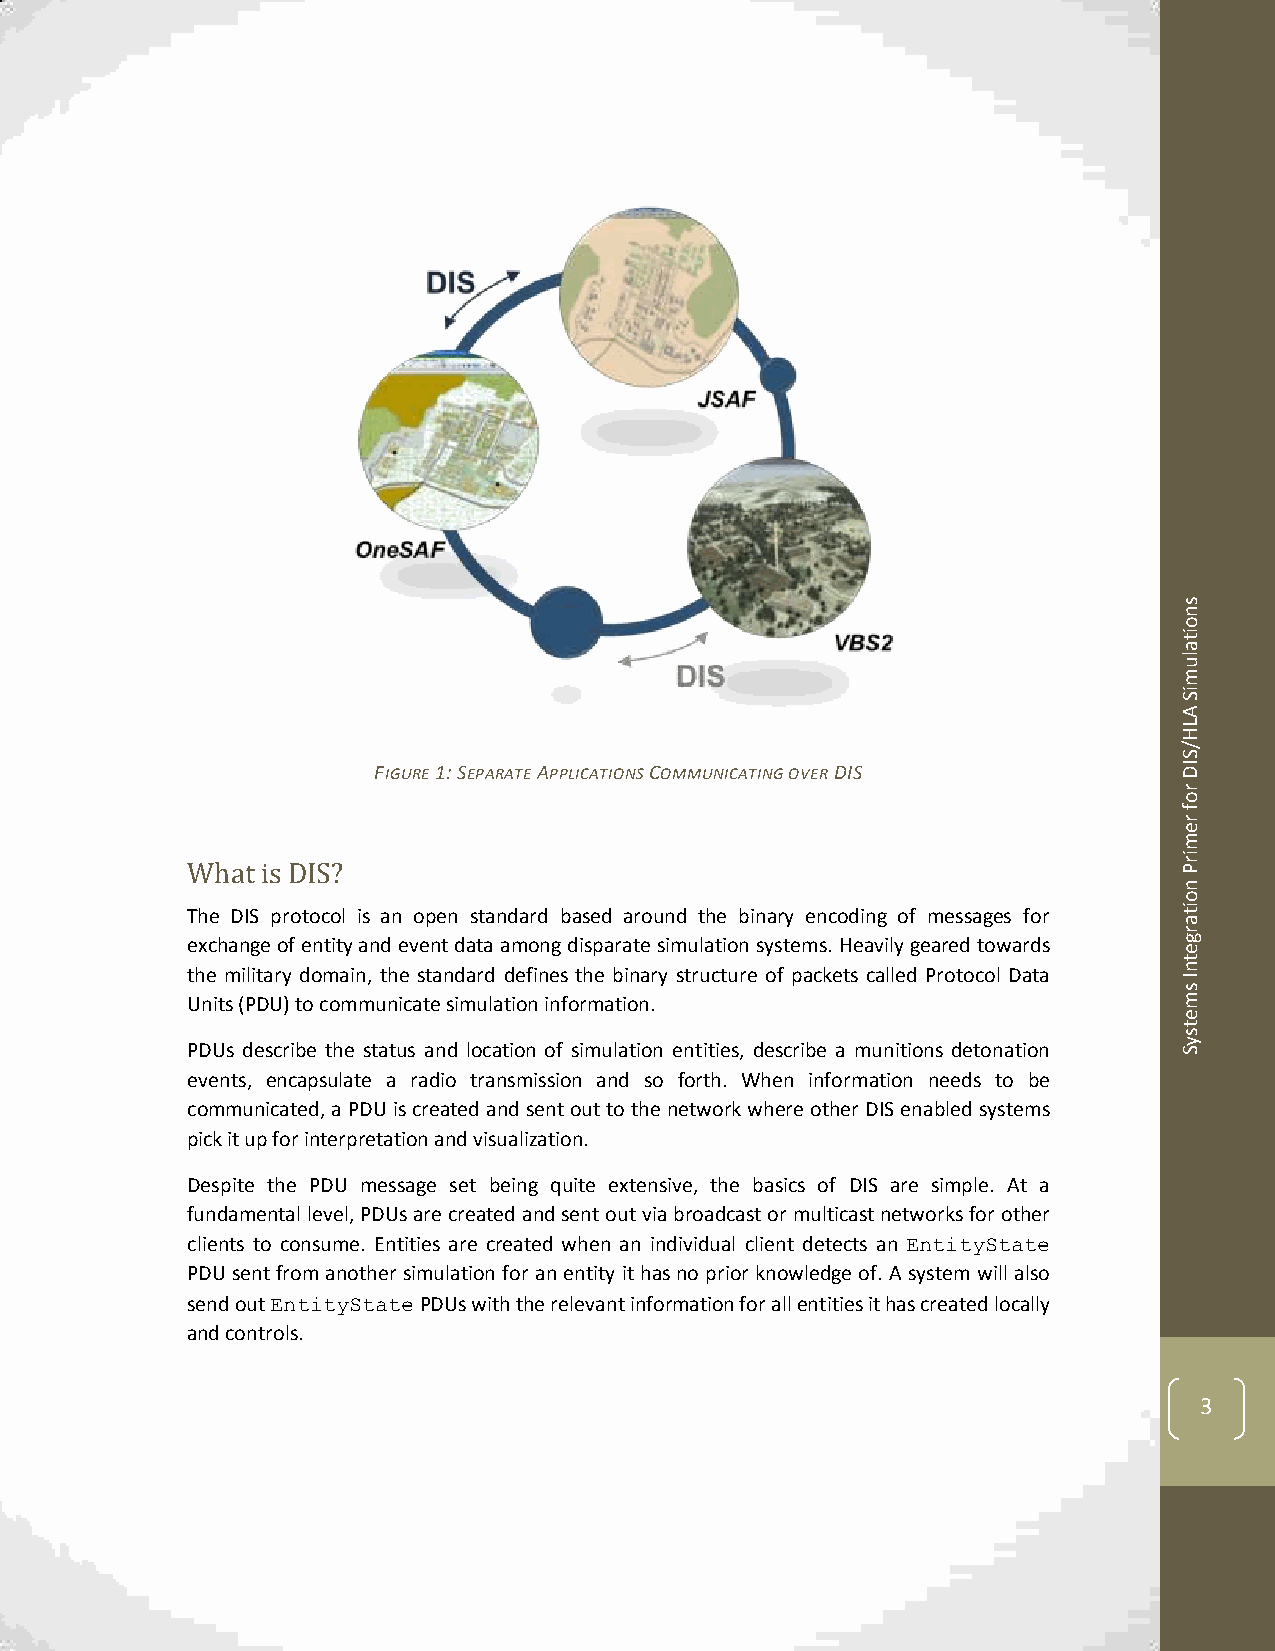
s
 n
 o
 it
 a
 lu
 m
 iS
 A
 L
 H
 /
 S
 FIGURE 1: SEPARATE APPLICATIONS COMMUNICATING OVER DIS ID
 r
 o
 f
 r
 e
 m
 What is DIS?
 ir
 P
 n
 o
 The DIS protocol is an open standard based around the binary encoding of messages for it
 a
 r
 exchange of entity and event data among disparate simulation systems. Heavily geared towards g e
 t
 the military domain, the standard defines the binary structure of packets called Protocol Data n
 I
 s
 Units (PDU) to communicate simulation information.                m
 e
 t
 s
 PDUs describe the status and location of simulation entities, describe a munitions detonation y S
 events, encapsulate a radio transmission and so forth. When information needs to be
 communicated, a PDU is created and sent out to the network where other DIS enabled systems
 pick it up for interpretation and visualization.
 Despite the PDU message set being quite extensive, the basics of DIS are simple. At a
 fundamental level, PDUs are created and sent out via broadcast or multicast networks for other
 clients to consume. Entities are created when an individual client detects an EntityState
 PDU sent from another simulation for an entity it has no prior knowledge of. A system will also
 send out EntityState PDUs with the relevant information for all entities it has created locally
 and controls.
 3